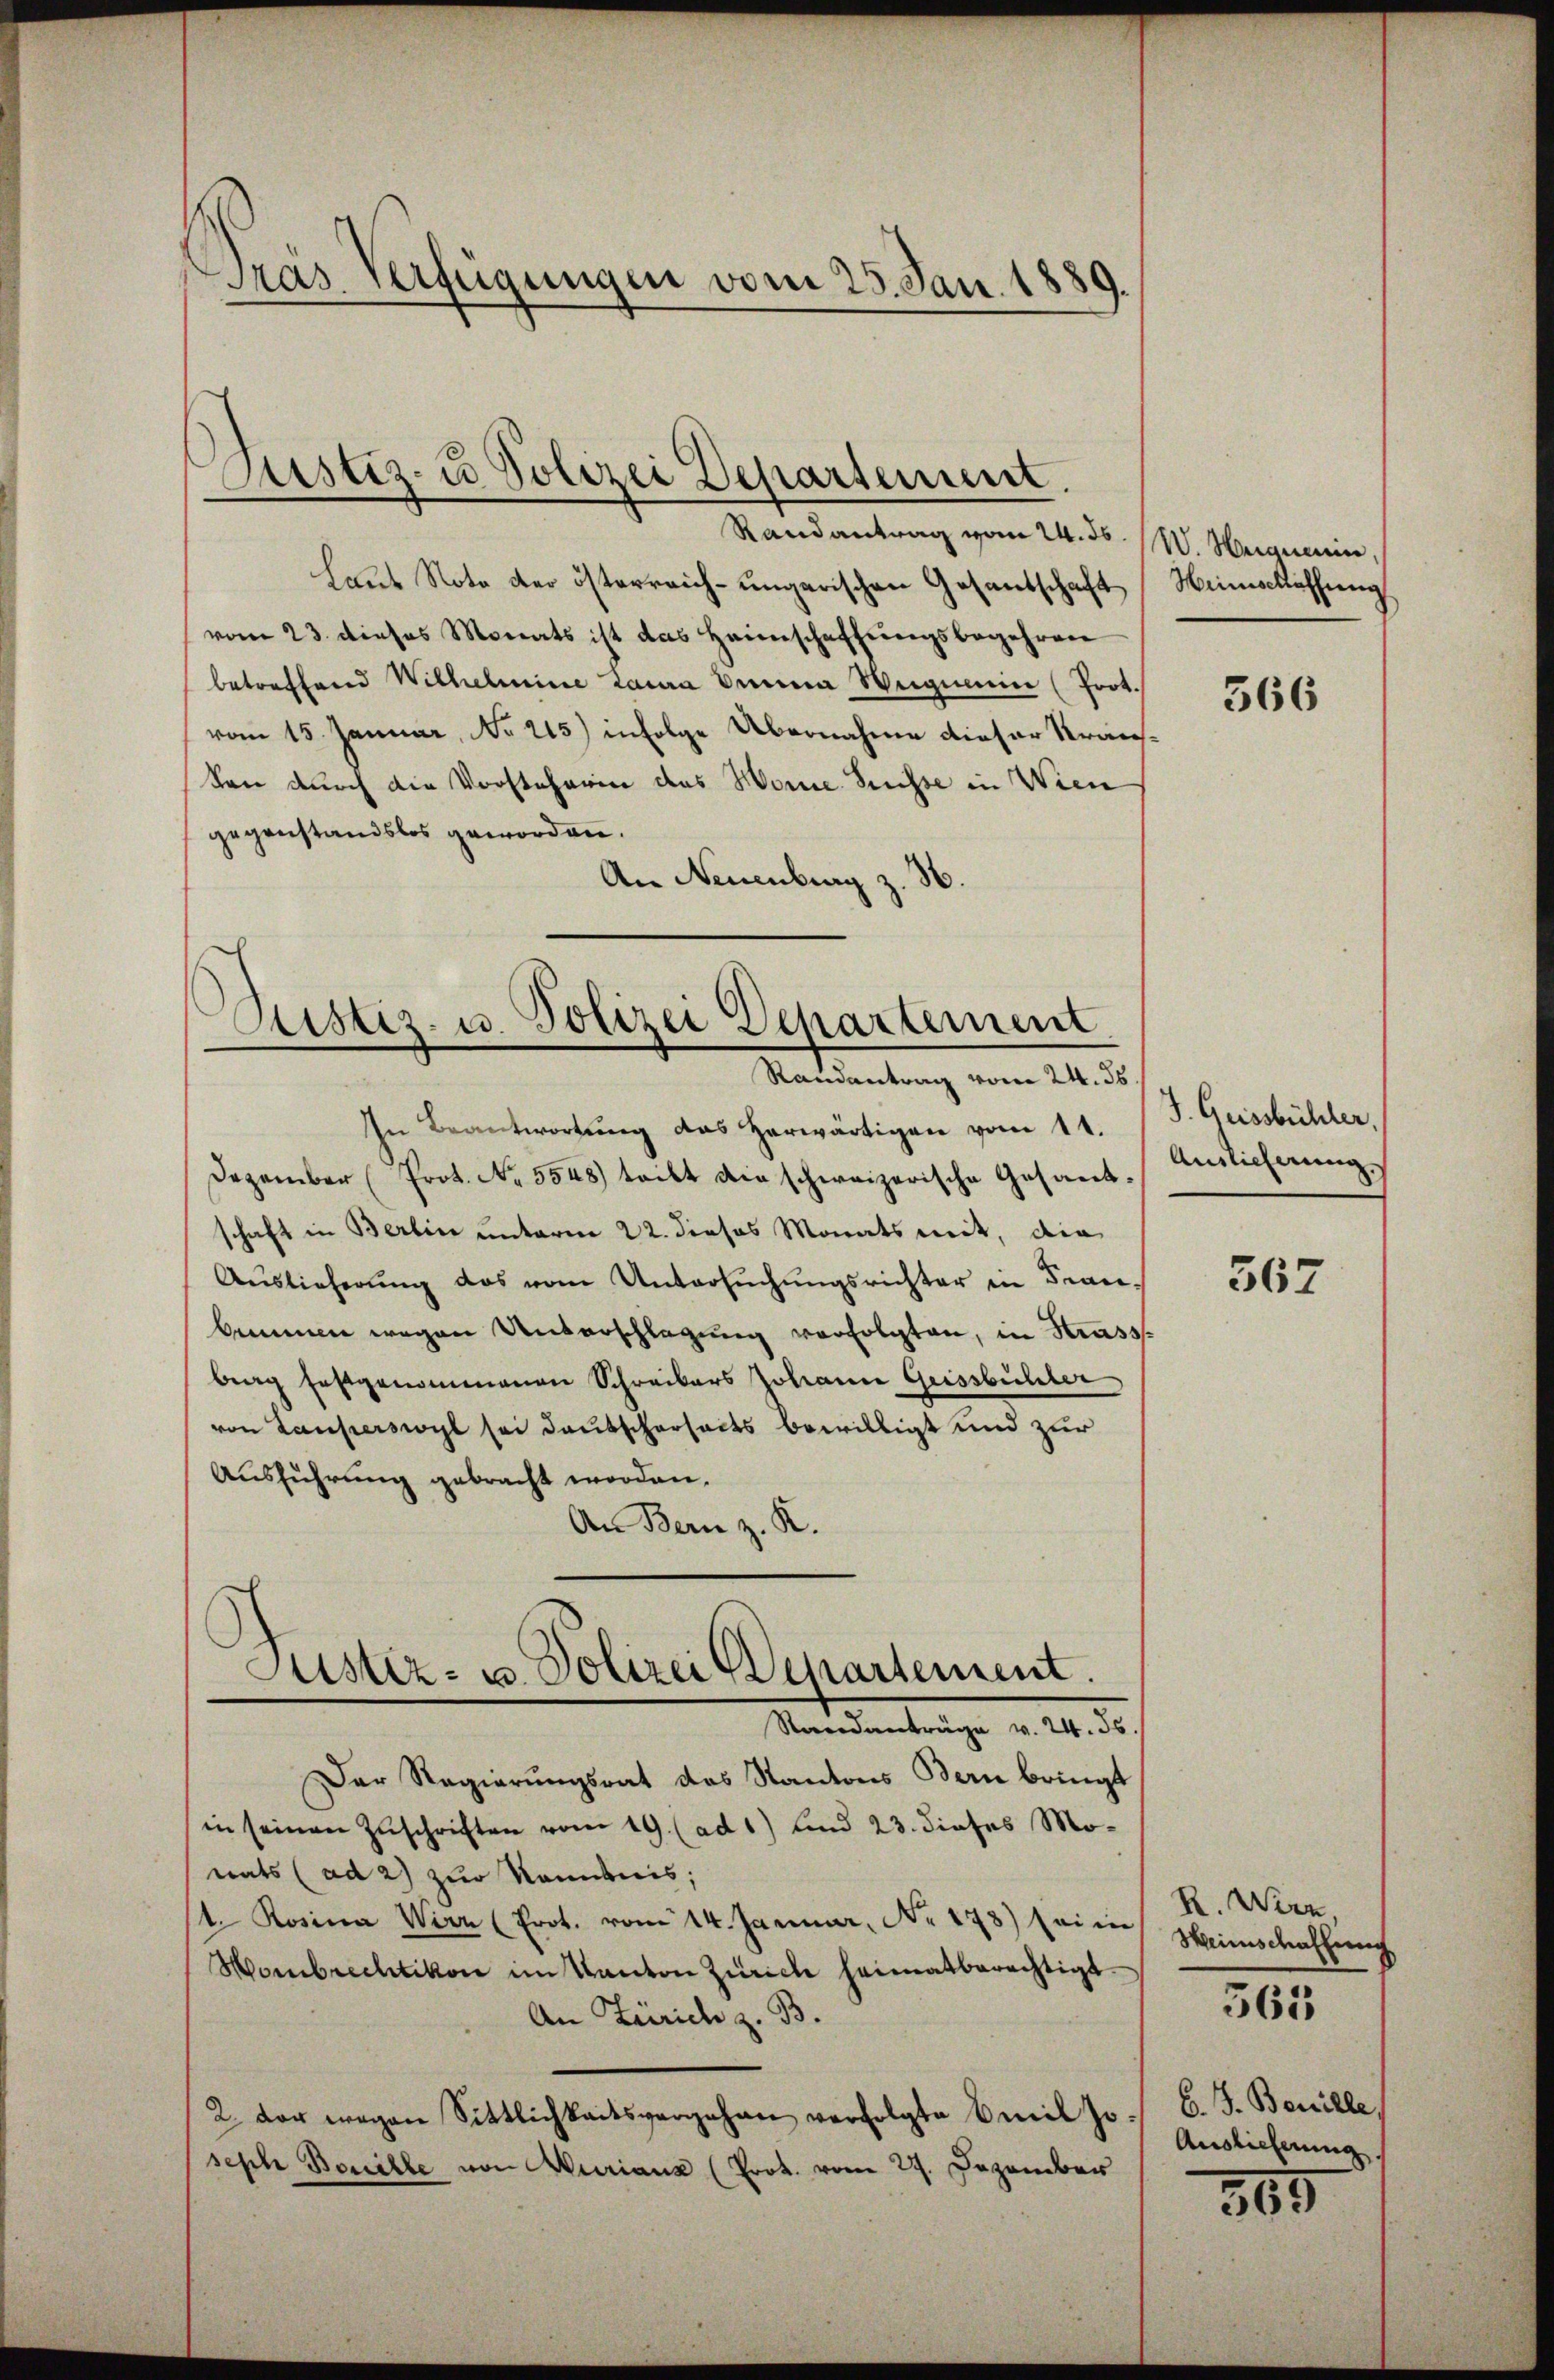
Gras Verfügungen vom 25. Jan. 1889.

Justiz- u Polizei Departement.
Randantrag vom 24. ds. W. Huanen,

Laut Note der österreich-ungarischen Gesantschaft
vom 23. dieses Monats ist das Heimschaffŭngsbegehren
betreffend Wilhelmine Laura beina Weigen (Prot.
vom 15. Januar, No 215) infolge Übernahme dieser Kranken durch die Vorsteherin des Worne Suisse in Wien
gegenstandslos geworden.
An Neuenburg z. 36.

Zustiz- u. Polizei Departement
Randantrag vom 24. 36.

Justiz- u. Polizei Departement.
Standanträge v. 24. ds.

In Beantwortung das herwärtigen vom 11. J. Gussbühler.
Dezember (Prot. No. 5548) tritt die schweizerische Gesandschaft in Berlin unterm 22. dieses Monats mit, die
Aŭslieferŭng das vom Untersŭchŭngsrichter in Fran-
bimmen wegen Unterschlagung verfolgten, in Strass
berg festgenommenen Schreibers Johann Geissbüchler
von Lauperswyl sei deutscherheits bewilligt und zur
Ausführung gebracht worden.
An Bern z. R.
Der Regierungsrat das Kantons Bern bringt
in seinen Zuschriften vom 19. (ad 1) und 23. dieses Mo-
nats (ad 2) zur Nominis;
t. Rosina Wirz (Prot. vom 14. Januar, No. 178) sein
Hombrechtikon im Kanton Zürich heimatberechtigt.
An Zürich z. B.
2. der wegen Sittlichkeitsvergehen verfolgte Emil Joseph Bewille von Muriana (Prok. vom 29. Dezember

Weinschaffung

566

Anslicherung,

367

R. Wirz,
Weinschaffung

565

B. J. Benille,
Auslieferung

305